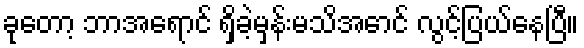
ခုတော့ ဘာအရောင် ရှိခဲ့မှန်းမသိအောင် လွင့်ပြယ်နေပြီ။